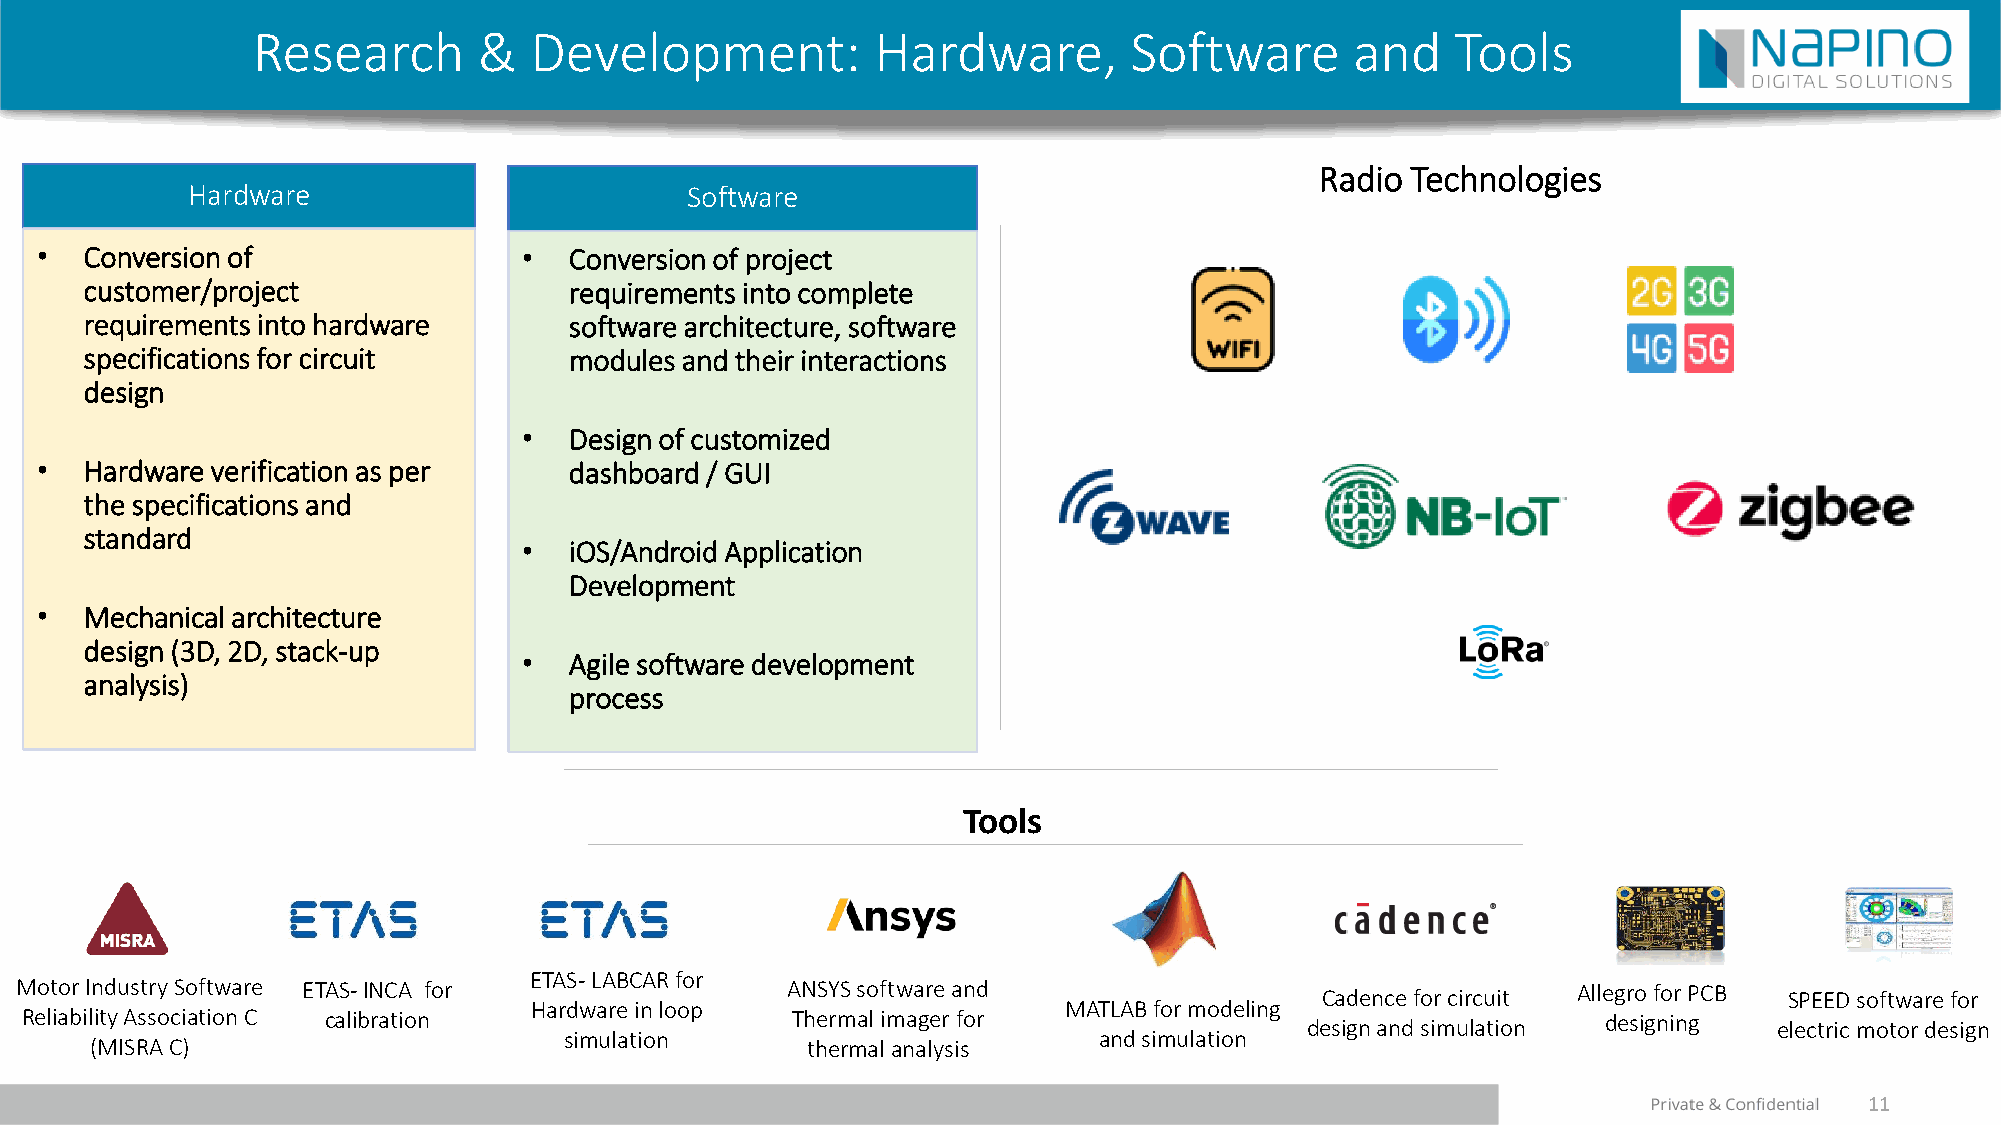
Research       &  Development:           Hardware,        Software       and   Tools
 Radio Technologies
 Hardware                         Software
 •   Conversion of                •  Conversion of project
 customer/project                requirements into complete
 requirements into hardware      software architecture, software
 specifications for circuit      modules and their interactions
 design
 •  Design of customized
 •   Hardware verification as per    dashboard / GUI
 the specifications and
 standard
 •  iOS/Android Application
 Development
 •   Mechanical architecture
 design (3D, 2D, stack-up
 •  Agile software development
 analysis)
 process
 Tools
 ETAS-LABCAR for
 Motor Industry Software ETAS-INCA for              ANSYS software and                 Cadence for circuit Allegro for PCB SPEED software for
 Hardware in loop                   MATLAB for modeling
 Reliability AssociationC calibration               Thermal imager for                design and simulation designing electric motor design
 simulation                          and simulation
 (MISRA C)                                      thermal analysis
 11